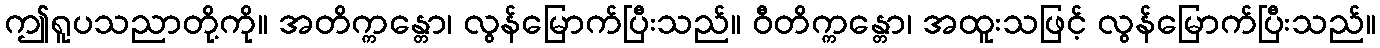
ဤရူပသညာတို့ကို။ အတိက္ကန္တော၊ လွန်မြောက်ပြီးသည်။ ဝီတိက္ကန္တော၊ အထူးသဖြင့် လွန်မြောက်ပြီးသည်။